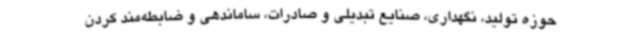
حوزه تولید، نگهداری، صنایع تبدیلی و صادرات، ساماندهی و ضابطه‌مند کردن